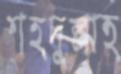
শহদুল্লাহ